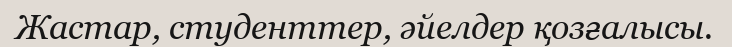
Жастар, студенттер, әйелдер қозғалысы.